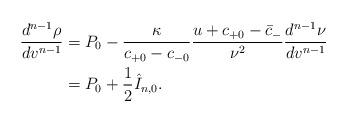
LaTeX: \begin{align*} \frac{d^{n-1}\rho}{dv^{n-1}}&=P_0-\frac{\kappa}{c_{+0}-c_{-0}}\frac{u+c_{+0}-\bar{c}_-}{\nu^2}\frac{d^{n-1}\nu}{dv^{n-1}}\\&=P_0+\frac{1}{2}\hat{I}_{n,0}.\end{align*}